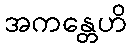
အကန္တေဟိ